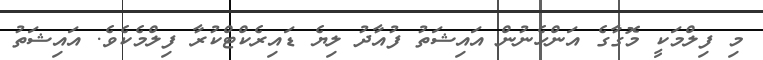
މި ފިލްމަކީ މޮގާގެ އަންހެނުން އައިޝަތު ފުއާދު ލިޔެ ޑައިރެކްޓްކުރާ ފިލްމެކެވެ. އައިޝަތު